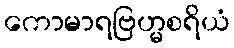
ကောမာရဗြဟ္မစရိယံ